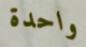
واحدة